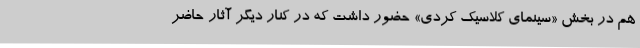
هم در بخش «سینمای کلاسیک کُردی» حضور داشت که در کنار دیگر آثار حاضر